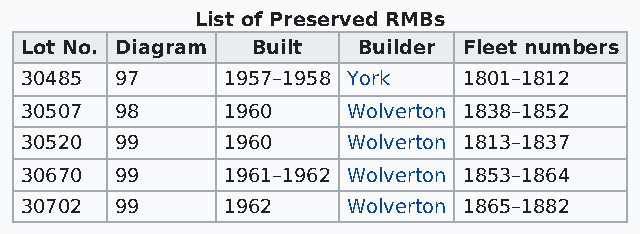
List of Preserved RMBs
 Lot No. Diagram Built  Builder Fleet numbers
 30485  97     1957–1958 York  1801–1812
 30507  98     1960    Wolverton 1838–1852
 30520  99     1960    Wolverton 1813–1837
 30670  99     1961–1962 Wolverton 1853–1864
 30702  99     1962    Wolverton 1865–1882